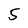
Character: 5